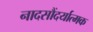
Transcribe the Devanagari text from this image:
नादसौंदर्यात्मक